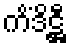
ကိံဒိဋ္ဌီ